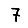
Digit: 7